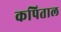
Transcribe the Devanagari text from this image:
कपिताल